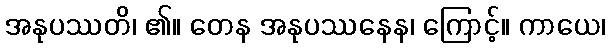
အနုပဿတိ၊ ၏။ တေန အနုပဿနေန၊ ကြောင့်။ ကာယေ၊